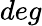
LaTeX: deg